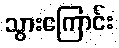
သွားကြောင်း